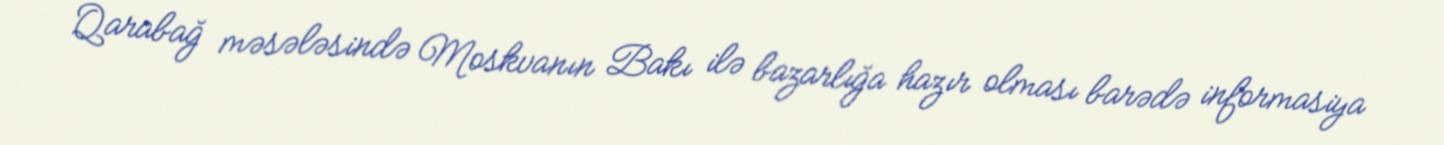
Qarabağ məsələsində Moskvanın Bakı ilə bazarlığa hazır olması barədə informasiya